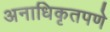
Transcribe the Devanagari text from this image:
अनाधिकृतपणे